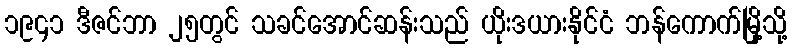
၁၉၄၁ ဒီဇင်ဘာ ၂၅တွင် သခင်အောင်ဆန်းသည် ယိုးဒယားနိုင်ငံ ဘန်ကောက်မြို့သို့